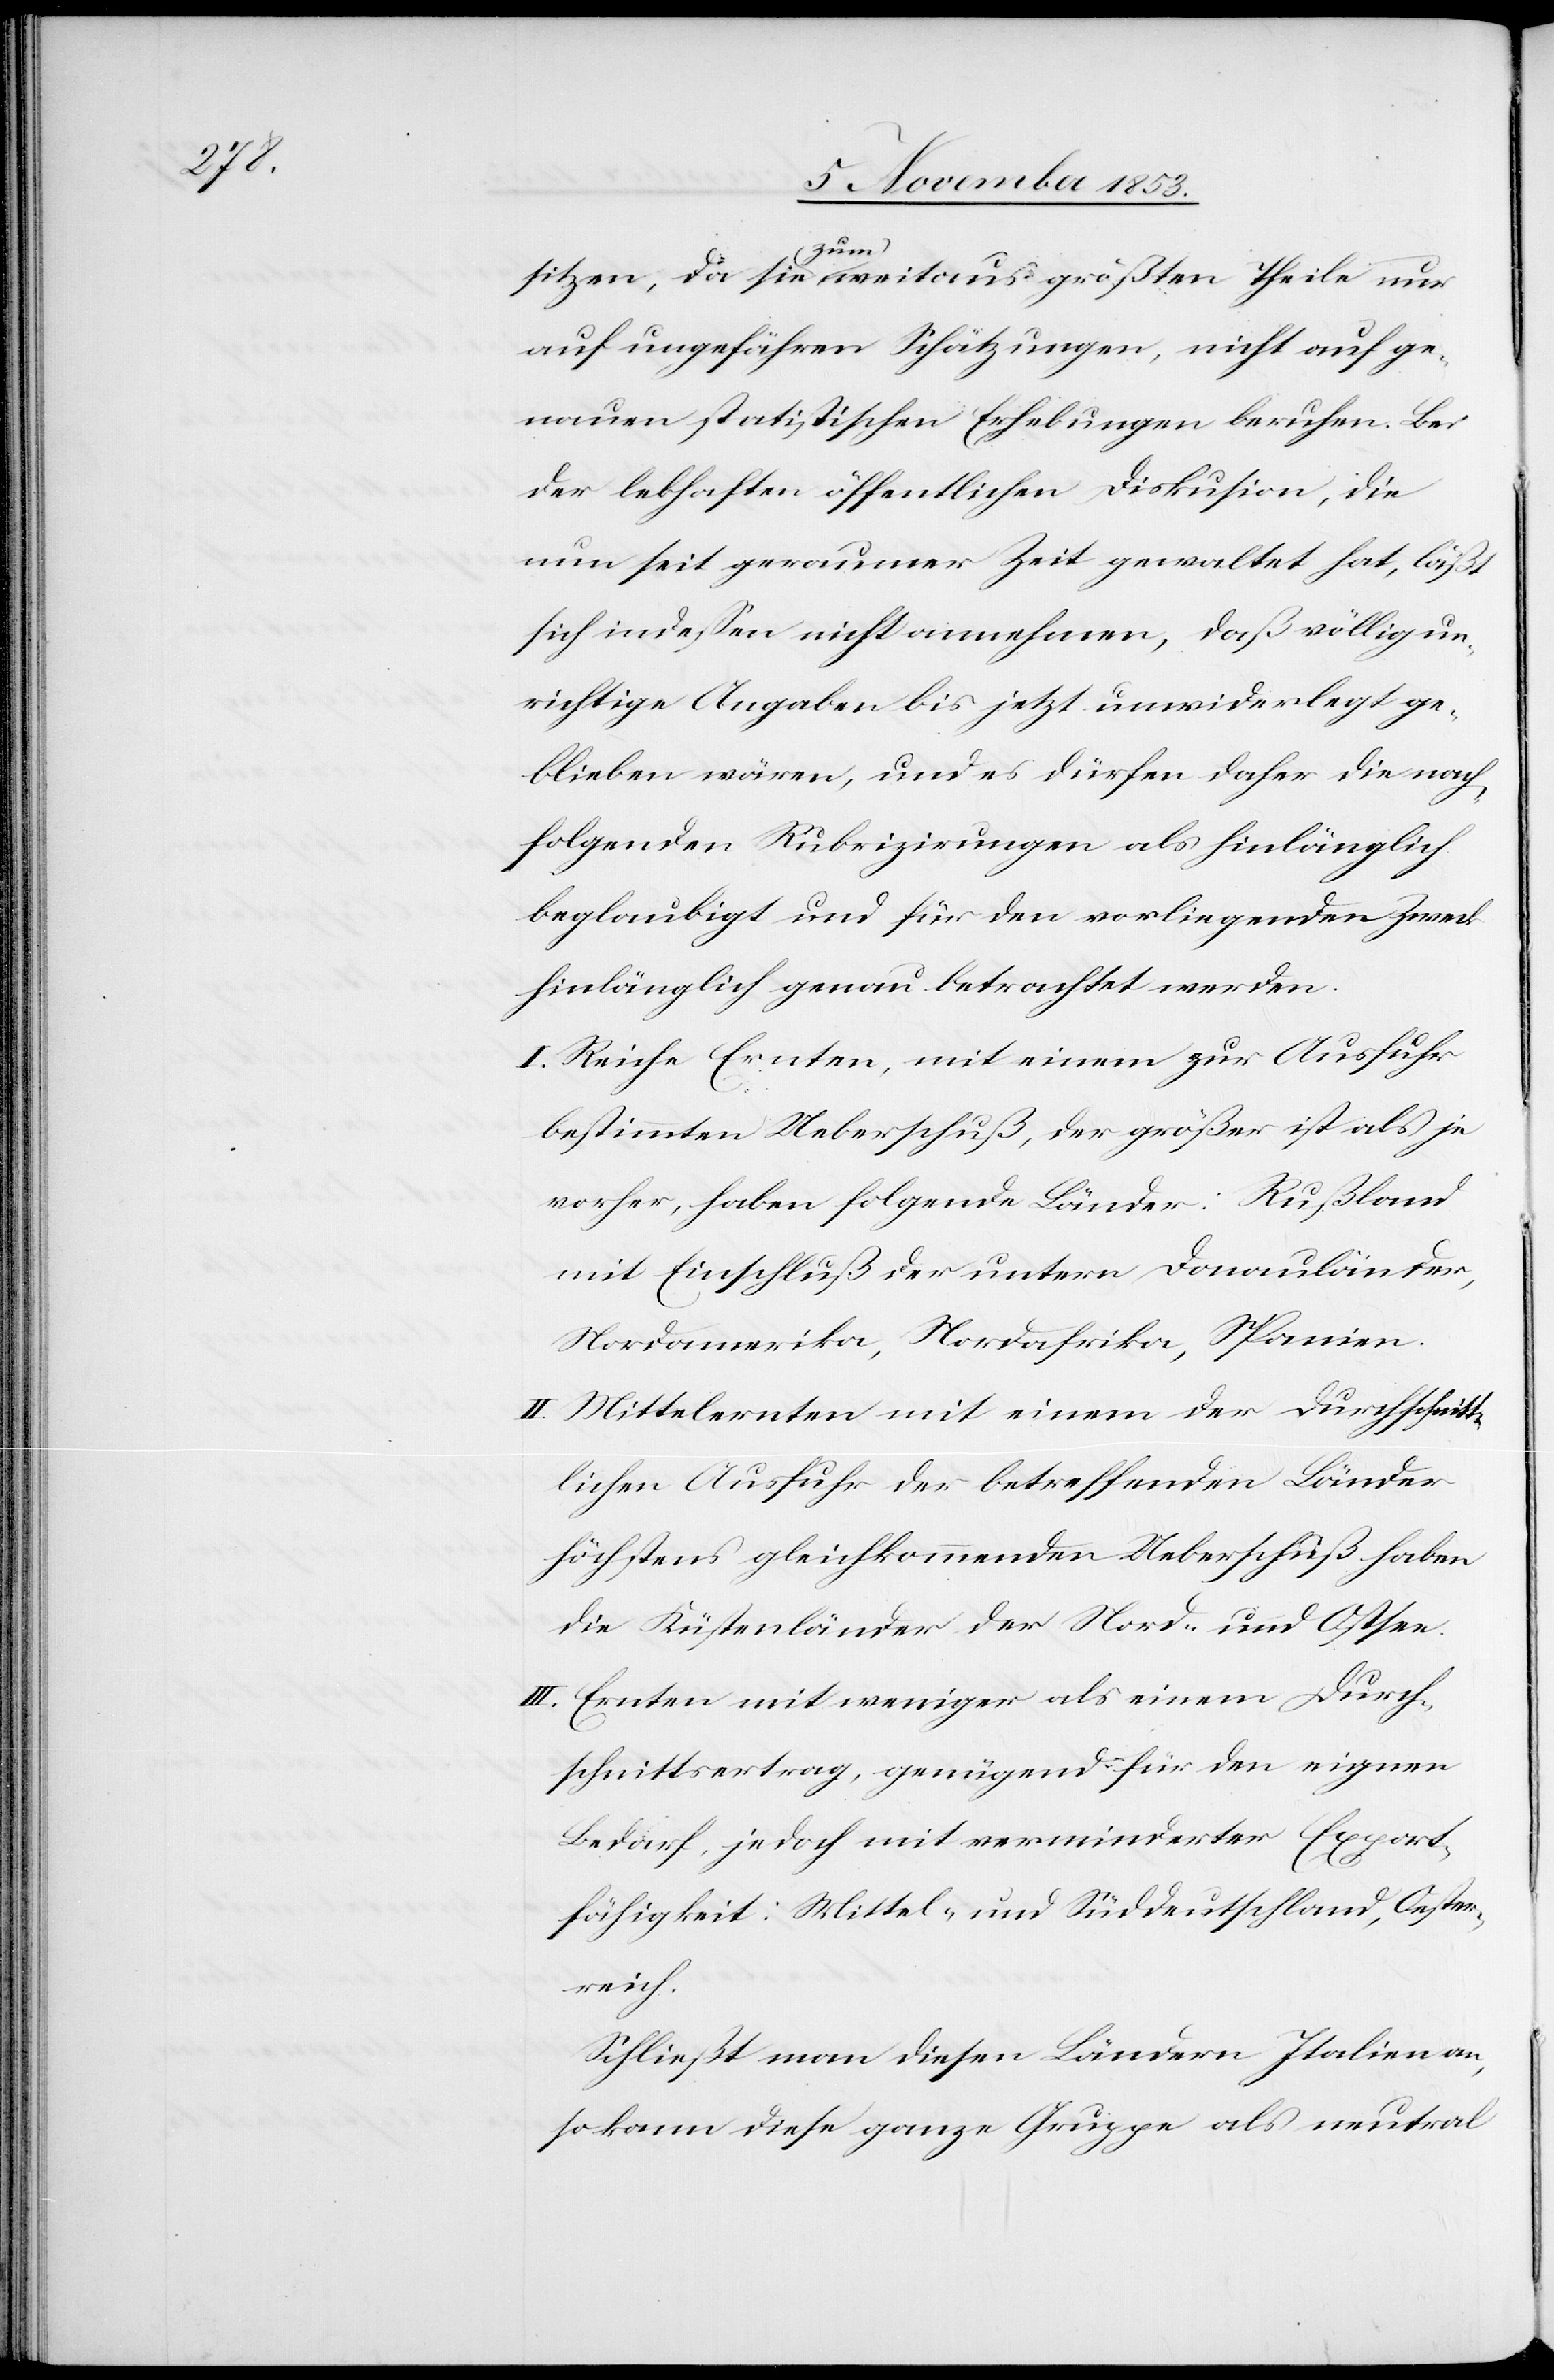
c!],

sitzen, da sie (zum) weitaus größten Theile nur
auf ungefähren Schätzungen, nicht auf ge¬
nauen statistischen Erhebungen beruhen. Bei
der lebhaften öffentlichen Diskusion [si¬
nun seit geraumer Zeit gewaltet hat, läßt
sich indeßen nicht annehmen, daß völlig un¬
richtige Angaben bis jetzt unwiderlegt ge¬
blieben wären, und es dürfen daher die nach¬
folgenden Rubrizirungen als hinlänglich
beglaubigt und für den vorliegenden Zweck
hinlänglich genau betrachtet werden.
I. Reiche Ernten, mit einem zur Ausfuhr
bestimmten Ueberschuß, der größer ist als je
vorher, haben folgende Länder: Rußland
mit Einschluß der untern Donauländer,
Nordamerika, Nordafrika, Spanien.
II. Mittelernten mit einem der durchschnitt¬
lichen Ausfuhr der betreffenden Länder
höchstens gleichkommenden Ueberschuß haben
die Küstenländer der Nord- und Ostsee.
III. Ernten mit weniger als einem Durch¬
schnittsertrag, genügend für den eigenen
Bedarf, jedoch mit verminderter Export¬
häufigkeit: Mittel- und Süddeutschland, Oester¬
reich.
Schließt man diesen Ländern Italien an,
so kann diese ganze Gruppe als neutral